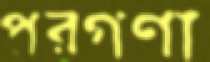
পরগণা